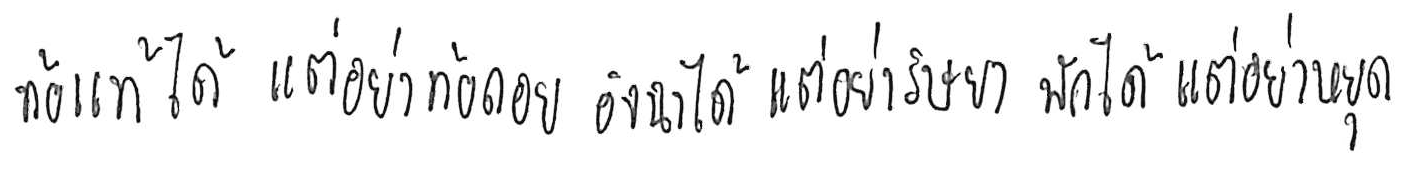
ท้อแท้ได้ แต่อย่าท้อถอย อิจฉาได้ แต่อย่าริษยา พักได้ แต่อย่าหยุด